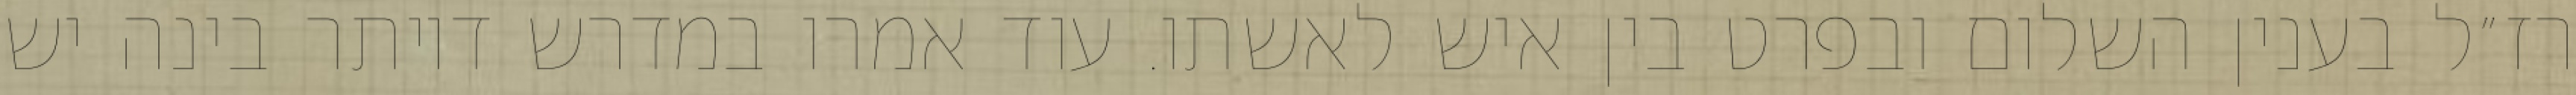
רז״ל בענין השלום ובפרט בין איש לאשתו. עוד אמרו במדרש דיותר בינה יש